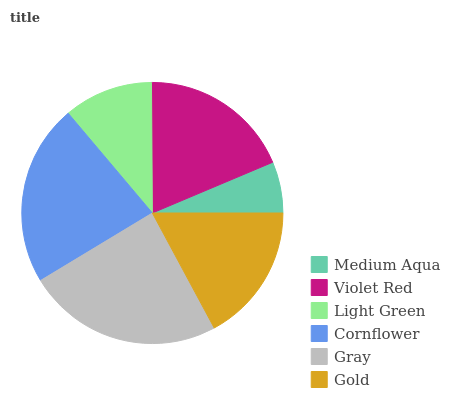
| Medium Aqua | Violet Red | Light Green | Cornflower | Gray | Gold |
 | --- | --- | --- | --- | --- | --- |
 | 6.35% | 18.8% | 11% | 22.4% | 24.2% | 17.2% |